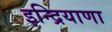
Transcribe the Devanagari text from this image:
इन्द्रियाणा